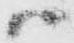
ハ